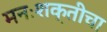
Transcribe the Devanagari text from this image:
मनःशक्तीचा